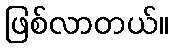
ဖြစ်လာတယ်။